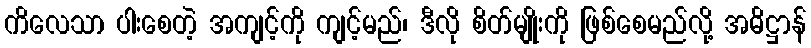
ကိလေသာ ပါးစေတဲ့ အကျင့်ကို ကျင့်မည်၊ ဒီလို စိတ်မျိုးကို ဖြစ်စေမည်လို့ အဓိဋ္ဌာန်